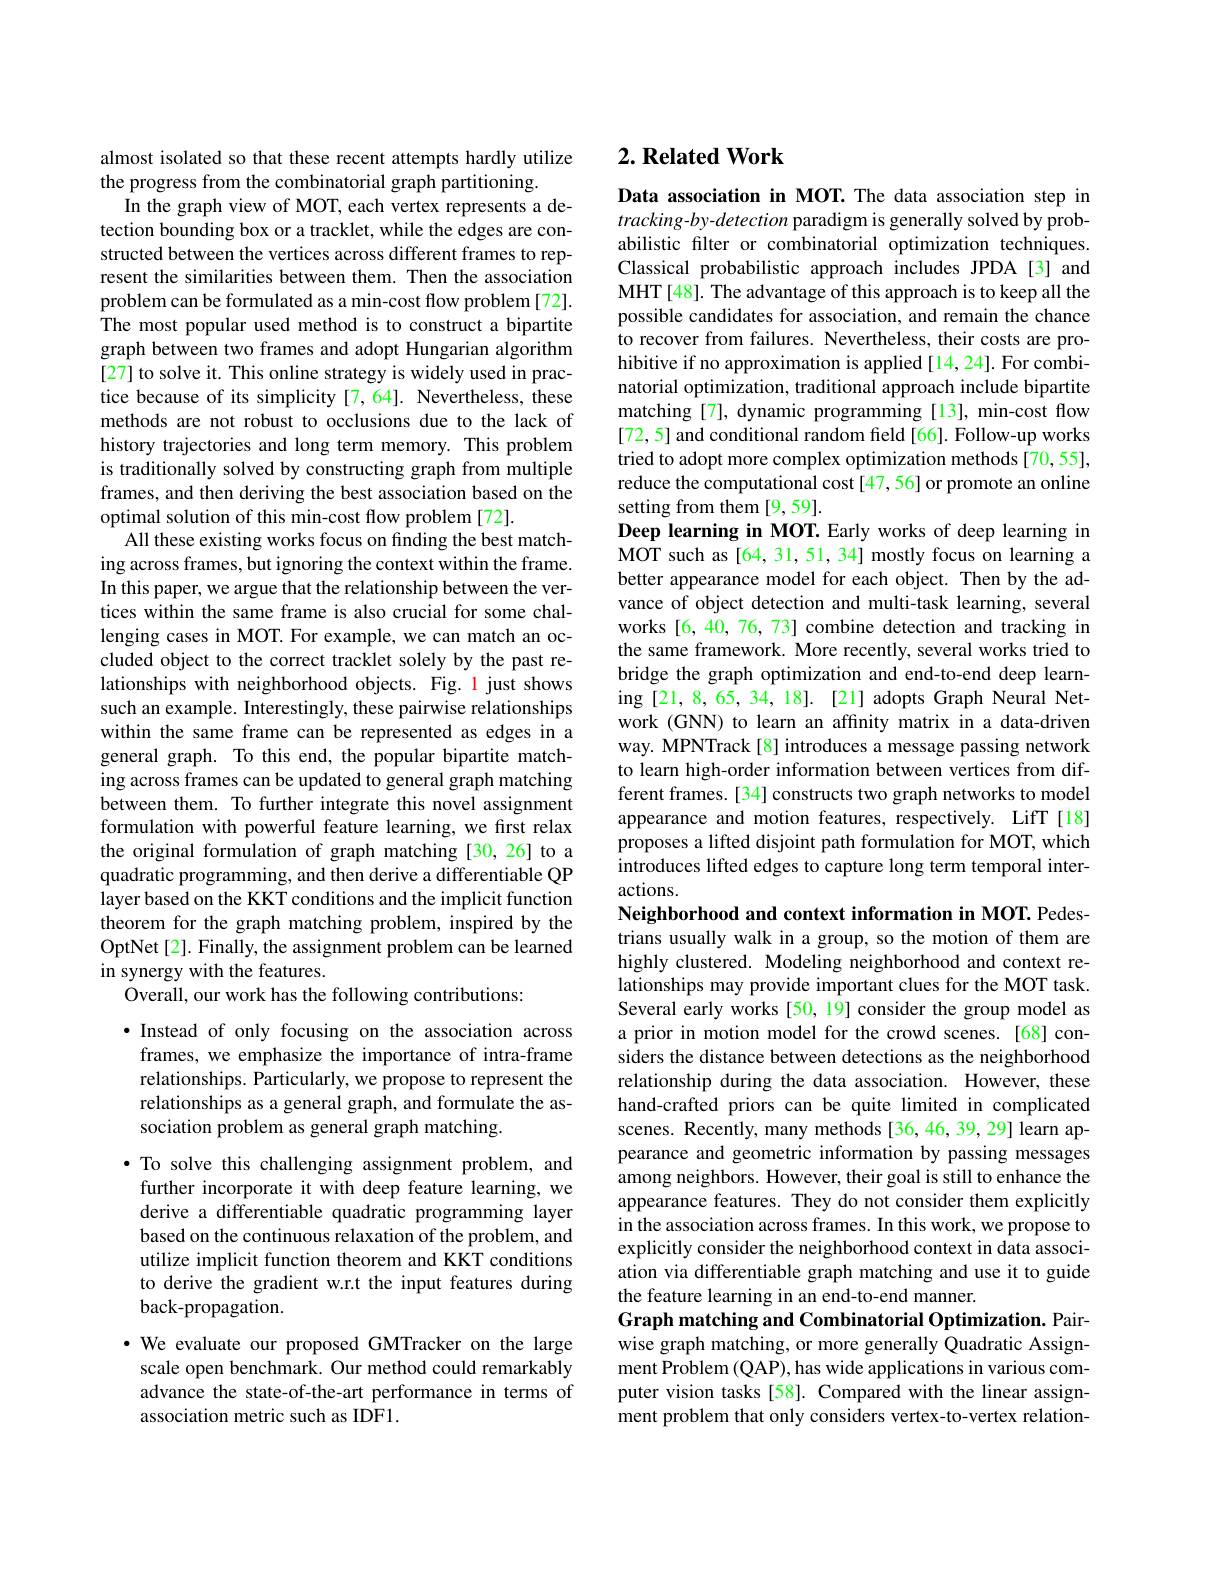
almost isolated so that these recent attempts hardly utilize
the progress from the combinatorial graph partitioning.
In the graph view of MOT, each vertex represents a detection bounding box or a tracklet, while the edges are constructed between the vertices across different frames to represent the similarities between them. Then the association problem can be formulated as a min-cost flow problem [72]. The most popular used method is to construct a bipartite graph between two frames and adopt Hungarian algorithm [27] to solve it. This online strategy is widely used in practice because of its simplicity [7,64]. Nevertheless, these methods are not robust to occlusions due to the lack of history trajectories and long term memory. This problem is traditionally solved by constructing graph from multiple frames, and then deriving the best association based on the optimal solution of this min-cost flow problem [72].
All these existing works focus on finding the best matching across frames, but ignoring the context within the frame. In this paper, we argue that the relationship between the vertices within the same frame is also crucial for some challenging cases in MOT. For example, we can match an occluded object to the correct tracklet solely by the past relationships with neighborhood objects. Fig. 1 just shows such an example. Interestingly, these pairwise relationships within the same frame can be represented as edges in a general graph. To this end, the popular bipartite matching across frames can be updated to general graph matching between them. To further integrate this novel assignment formulation with powerful feature learning, we first relax the original formulation of graph matching [30,26] to a quadratic programming, and then derive a differentiable QP layer based on the KKT conditions and the implicit function theorem for the graph matching problem, inspired by the OptNet[2]. Finally, the assignment problem can be learned in synergy with the features.
Overall, our work has the following contributions:

·Instead of only focusing on the association across
frames, we emphasize the importance of intra-frame relationships. Particularly, we propose to represent the relationships as a general graph, and formulate the association problem as general graph matching.

·To solve this challenging assignment problem, and further incorporate it with deep feature learning, we derive a differentiable quadratic programming layer based on the continuous relaxation of the problem, and utilize implicit function theorem and KKT conditions to derive the gradient w.r.t the input features during back-propagation.

·We evaluate our proposed GMTracker on the large scale open benchmark. Our method could remarkably advance the state-of-the-art performance in terms of association metric such as IDF1.

# 2. Related Work

Data association in MOT. The data association step in tracking-by-detection paradigm is generally solved by probabilistic filter or combinatorial optimization techniques. Classical probabilistic approach includes JPDA[3] and MHT[48]. The advantage of this approach is to keep all the possible candidates for association, and remain the chance $\hat{\text{to recover from failures. Nevertheless, their costs are pro-}}$ hibitive if no approximation is applied [14,24]. For combinatorial optimization, traditional approach include bipartite matching [7], dynamic programming [13], min-cost flow [72,5] and conditional random feld [66]. Follow-up works tried to adopt more complex optimization methods[70,55], reduce the computational cost[47,56] or promote an online setting from them [9,59].
Deep learning in MOT. Early works of deep learning in $\dot{\mathrm{MOT~such~as~[64,31,51,34]~mostly~focus~on~learning~a}}$ better appearance model for each object. Then by the advance of object detection and multi-task learning, several works [6,40, 76, 73] combine detection and tracking in the same framework. More recently, several works tried to bridge the graph optimization and end-to-end deep learning [21, 8, 65, 34, 18]. [21] adopts Graph Neural Network (GNN) to learn an affinity matrix in a data-driven way. MPNTrack[8] introduces a message passing network to learn high-order information between vertices from different frames.[34] constructs two graph networks to model appearance and motion features, respectively. LifT[18] proposes a lifted disjoint path formulation for MOT, which introduces lifted edges to capture long term temporal interactions.
Neighborhood and context information in MOT. Pedestrians usually walk in a group, so the motion of them are highly clustered. Modeling neighborhood and context relationships may provide important clues for the MOT task. Several early works [50, 19] consider the group model as a prior in motion model for the crowd scenes.[68]considers the distance between detections as the neighborhood relationship during the data association. However, these hand-crafted priors can be quite limited in complicated scenes. Recently, many methods [36,46,39,29] learn appearance and geometric information by passing messages among neighbors. However, their goal is still to enhance the appearance features. They do not consider them explicitly in the association across frames. In this work, we propose to explicitly consider the neighborhood context in data association via differentiable graph matching and use it to guide the feature learning in an end-to-end manner.
Graph matching and Combinatorial Optimization. Pairwise graph matching, or more generally Quadratic Assignment Problem (QAP), has wide applications in various computer vision tasks [58]. Compared with the linear assignment problem that only considers vertex-to-vertex relation-